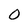
Character: O